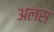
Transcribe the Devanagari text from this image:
अलस